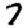
Digit: 7